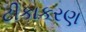
ટીકાકરણ